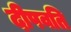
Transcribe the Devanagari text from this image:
दीपवति